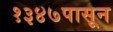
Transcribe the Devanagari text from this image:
१३४७पासून